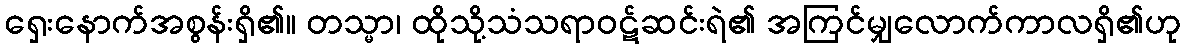
ရှေးနောက်အစွန်းရှိ၏။ တသ္မာ၊ ထိုသို့သံသရာဝဋ်ဆင်းရဲ၏ အကြင်မျှလောက်ကာလရှိ၏ဟု